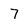
Character: 7